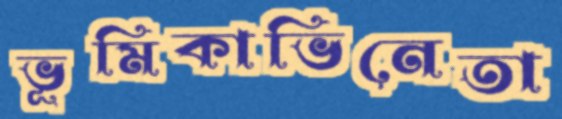
ভূমিকাভিনেতা